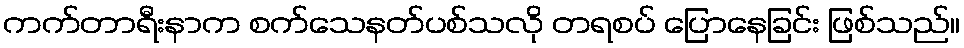
ကက်တာရီးနာက စက်သေနတ်ပစ်သလို တရစပ် ပြောနေခြင်း ဖြစ်သည်။